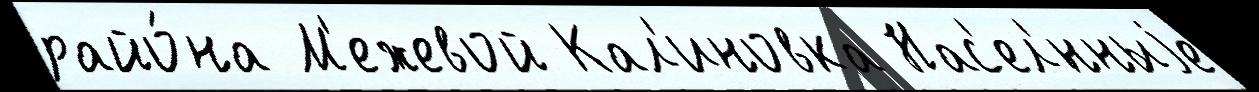
райо́на М'ежевой Кал'иновка Нас'ел'́нныjе